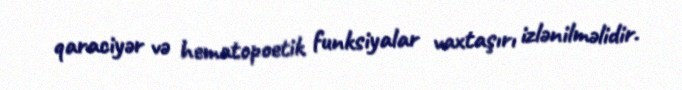
qaraciyər və hematopoetik funksiyalar vaxtaşırı izlənilməlidir.